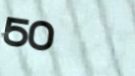
50%